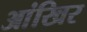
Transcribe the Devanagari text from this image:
आंखिर